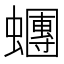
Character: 𧓘